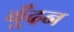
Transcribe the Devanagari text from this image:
बूँदन